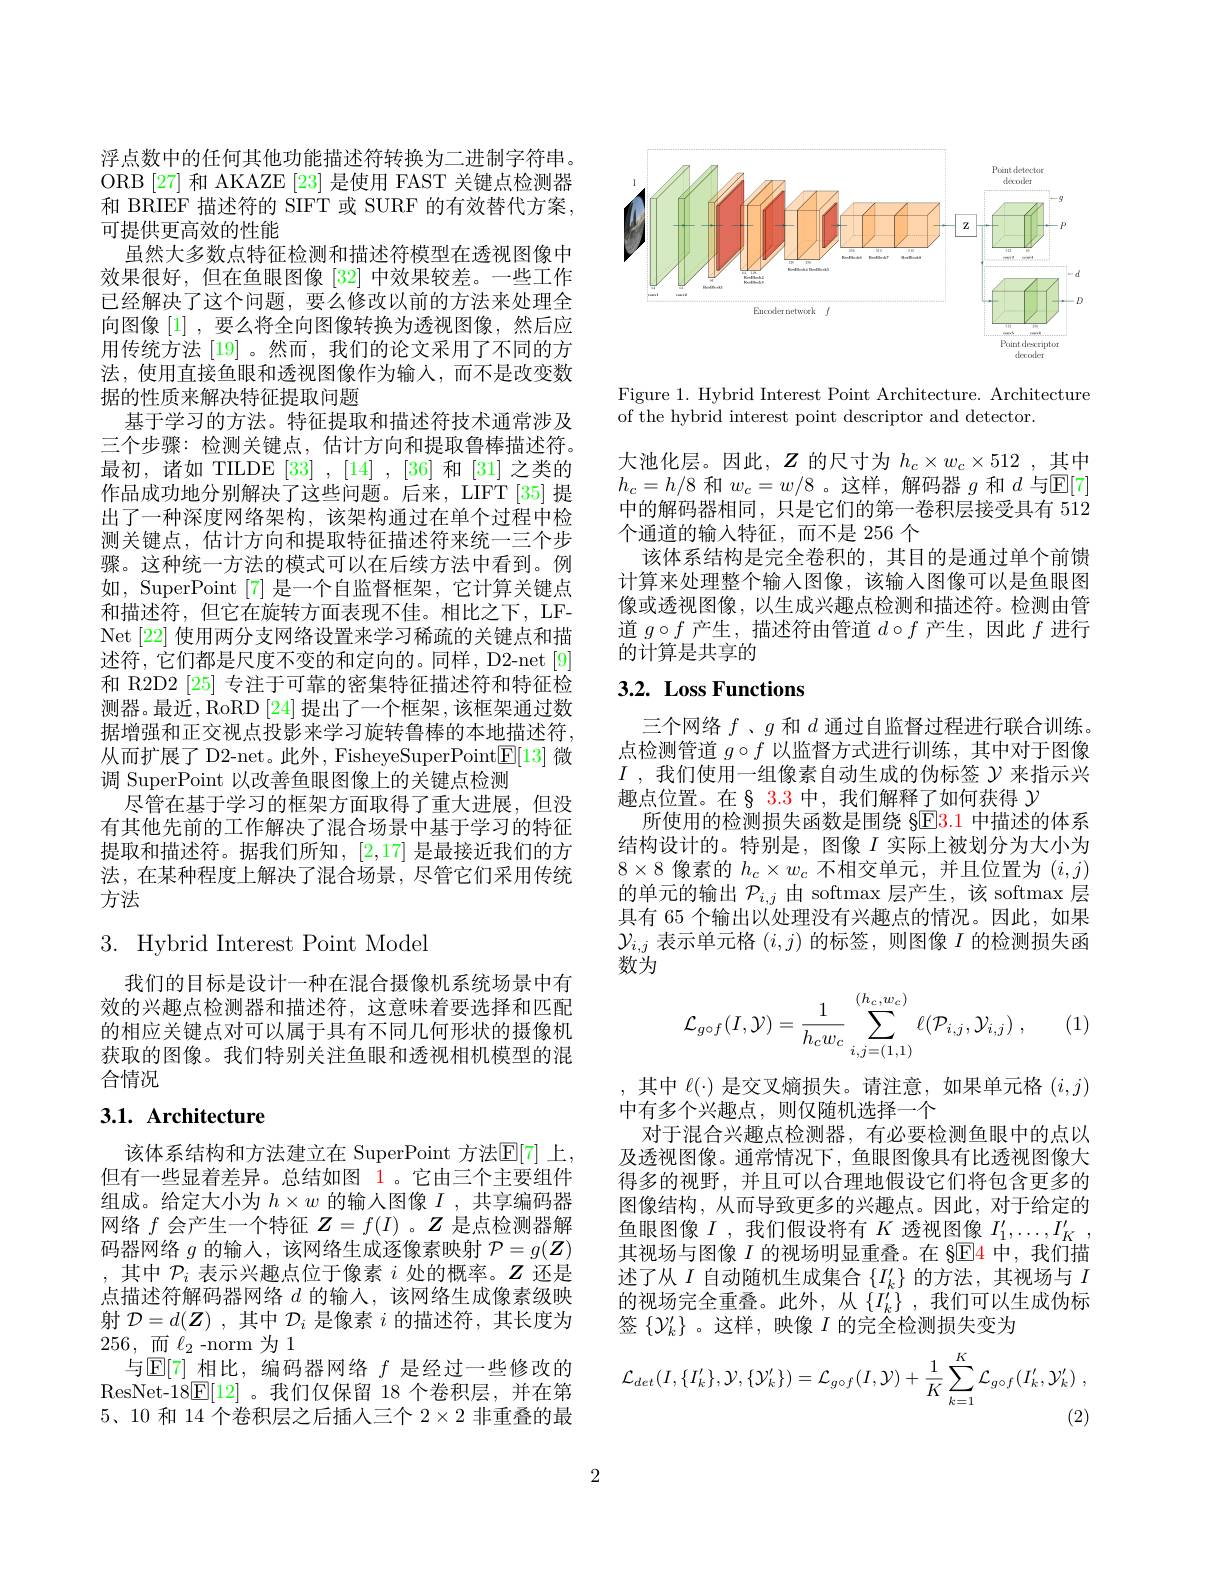
浮点数中的任何其他功能描述符转换为二进制字符串。ORB [27] 和 AKAZE [23] 是使用 FAST 关键点检测器和 BRIEF 描述符的 SIFT 或 SURF 的有效替代方案， 可提供更高效的性能
虽然大多数点特征检测和描述符模型在透视图像中效果很好，但在鱼眼图像[32]中效果较差。一些工作已经解决了这个问题，要么修改以前的方法来处理全向图像[1] ,要么将全向图像转换为透视图像，然后应用传统方法 [19] 。然而，我们的论文采用了不同的方法，使用直接鱼眼和透视图像作为输入，而不是改变数据的性质来解决特征提取问题
基于学习的方法。特征提取和描述符技术通常涉及三个步骤：检测关键点，估计方向和提取鲁棒描述符。最初，诸如 TILDE [33] ,[14] ,[36]和[31]之类的作品成功地分别解决了这些问题。后来，LIFT [35] 提出了一种深度网络架构，该架构通过在单个过程中检测关键点，估计方向和提取特征描述符来统一三个步骤。这种统一方法的模式可以在后续方法中看到。例如，SuperPoint[7] 是一个自监督框架，它计算关键点和描述符，但它在旋转方面表现不佳。相比之下，LFNet [22] 使用两分支网络设置来学习稀疏的关键点和描述符，它们都是尺度不变的和定向的。同样，D2-net[9] 和 R2D2 [25] 专注于可靠的密集特征描述符和特征检测器。最近，RoRD [24] 提出了一个框架，该框架通过数据增强和正交视点投影来学习旋转鲁棒的本地描述符， 从而扩展了 D2-net。此外，FisheyeSuperPoint$\underline{\mathrm{E}}[13]$微调 SuperPoint 以改善鱼眼图像上的关键点检测
尽管在基于学习的框架方面取得了重大进展，但没有其他先前的工作解决了混合场景中基于学习的特征提取和描述符。据我们所知，[2,17] 是最接近我们的方法，在某种程度上解决了混合场景，尽管它们采用传统方法

# 3. Hybrid Interest Point Model

我们的目标是设计一种在混合摄像机系统场景中有效的兴趣点检测器和描述符，这意味着要选择和匹配的相应关键点对可以属于具有不同几何形状的摄像机获取的图像。我们特别关注鱼眼和透视相机模型的混合情况

## 3.1. Architecture

该体系结构和方法建立在 SuperPoint 方法$\mathbb{E}[7]$ 上， 但有一些显着差异。总结如图 1。它由三个主要组件组成。给定大小为$h\times w$的输人图像$I$ ,共享编码器网络$f$会产生一个特征$Z=f(I)$ 。$Z$是点检测器解码器网络$g$的输入，该网络生成逐像素映射$\mathcal{P}=g(\boldsymbol{Z})$ ,其中$\mathcal{P}_i$表示兴趣点位于像素$i$处的概率。$Z$还是点描述符解码器网络$d$的输入，该网络生成像素级映射$\mathcal{D}=d(\boldsymbol{Z})$ ,其中$\mathcal{D}_i$是像素$i$的描述符，其长度为256, $\underline {{\text{而 }}}$ $\ell _{2}$-norm 为1
与$\operatorname{E[7]}$相比，编码器网络$f$是经过一些修改的ResNet-18$\underline{\mathrm{E}}[12]$ 。我们仅保留 18 个卷积层，并在第5、10 和 14 个卷积层之后插人三个$2\times2$非重叠的最

<FigureHere>

Figure 1. Hybrid Interest Point Architecture. Architecture
of the hybrid interest point descriptor and detector.

大池化层。因此，$Z$的尺寸为$h_c\times w_c\times512$ ,其中$h_{c}=h/8$ 和$w_c=w/8$。这样，解码器$g$ 和$d$ 与$\mathbb{E}[7]$ 中的解码器相同，只是它们的第一卷积层接受具有 512个通道的输人特征，而不是 256 个
该体系结构是完全卷积的，其目的是通过单个前馈计算来处理整个输入图像，该输入图像可以是鱼眼图像或透视图像，以生成兴趣点检测和描述符。检测由管道$g\circ f$产生 ,描述符由管道$d\circ f$产生 ,因此$f$进行的计算是共享的

## $3. 2. \textbf{ Loss Functions}$

三个网络$f$ 、$g$和$d$通过自监督过程进行联合训练。点检测管道$g\circ f$以监督方式进行训练，其中对于图像$I$ ,我们使用一组像素自动生成的伪标签$\mathcal{Y}$来指示兴趣点位置。在§ 3.3 中，我们解释了如何获得$\gamma$
所使用的检测损失函数是围绕 §E$\color{red}{3.1}$中描述的体系结构设计的。特别是，图像$I$实际上被划分为大小为$8\times8$像素的$h_c\times w_c$不相交单元，并且位置为$(i,j)$ 的单元的输出$\mathcal{P}_i,j$由 softmax 层产生，该 softmax 层具有 65 个输出以处理没有兴趣点的情况。因此，如果$\mathcal{Y}_{i,j}$表示单元格$(i,j)$的标签，则图像$I$的检测损失函数为

(1)
$$\mathcal{L}_{g\circ f}(I,\mathcal{Y})=\frac{1}{h_{c}w_{c}}\sum_{i,j=(1,1)}^{(h_{c},w_{c})}\ell(\mathcal{P}_{i,j},\mathcal{Y}_{i,j})\:,$$
,其中$\ell(\cdot)$是交叉熵损失。请注意，如果单元格$(i,j)$

中有多个兴趣点，则仅随机选择一个
对于混合兴趣点检测器，有必要检测鱼眼中的点以及透视图像。通常情况下，鱼眼图像具有比透视图像大得多的视野，并且可以合理地假设它们将包含更多的图像结构，从而导致更多的兴趣点。因此，对于给定的鱼眼图像$I$ ,我们假设将有$K$透视图像$I_1^{\prime},\ldots,I_K^{\prime}$, 其视场与图像$I$的视场明显重叠。在 §$\overline{\mathrm{E}}$4 中，我们描述了从$I$自动随机生成集合$\{I_k^\prime\}$的方法，其视场与$I$ 的视场完全重叠。此外，从$\left\{I_k^{\prime}\right\}$,我们可以生成伪标签$\{\mathcal{Y}_k^\prime\}$ 。这样 ,映像$I$的完全检测损失变为
$$\mathcal{L}_{det}(I,\{I_{k}'\},\mathcal{Y},\{\mathcal{Y}_{k}'\})=\mathcal{L}_{g\circ f}(I,\mathcal{Y})+\frac{1}{K}\sum_{k=1}^{K}\mathcal{L}_{g\circ f}(I_{k}',\mathcal{Y}_{k}')\:,$$
2